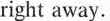
right away.